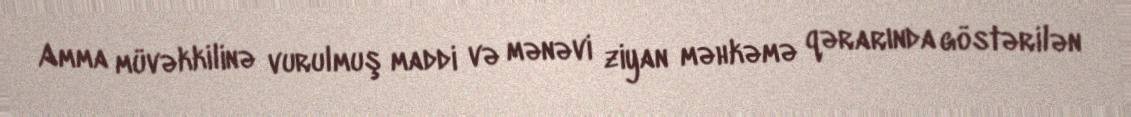
Amma müvəkkilinə vurulmuş maddi və mənəvi ziyan məhkəmə qərarında göstərilən